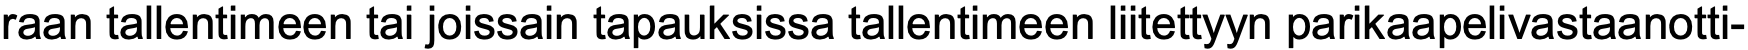
raan tallentimeen tai joissain tapauksissa tallentimeen liitettyyn parikaapelivastaanotti-